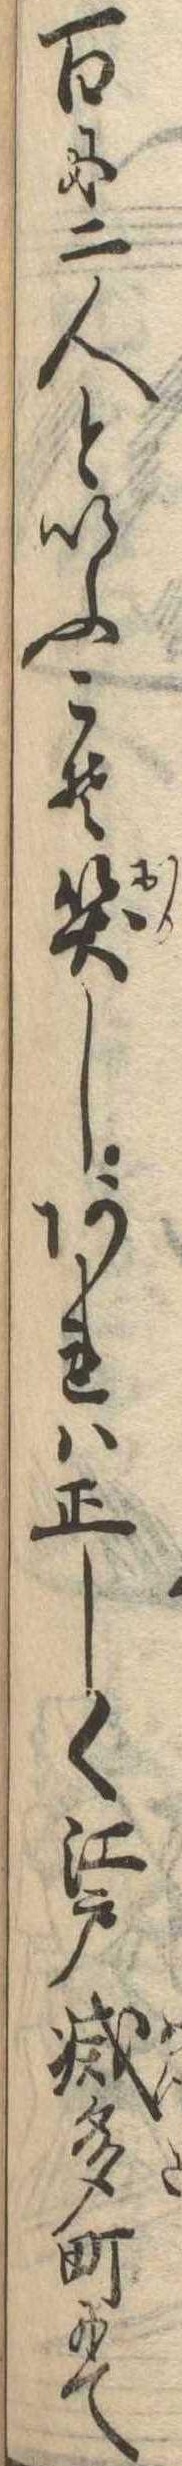
百に二人といふこそ笑しあれは正しく江戸滅多町にて